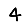
Digit: 4